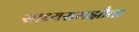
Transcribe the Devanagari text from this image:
साध्यसमझौता